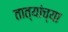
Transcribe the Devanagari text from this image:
तात्यांच्या